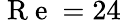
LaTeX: \mathrm{~R~e~}=24